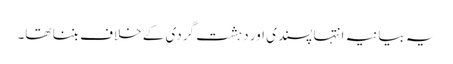
یہ بیانیہ انتہا پسندی اور دہشت گردی کے خلاف بننا تھا۔